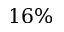
1 6 \%